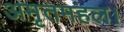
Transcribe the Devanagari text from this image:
अमृतमहल।